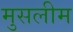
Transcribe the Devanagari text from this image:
मुसलीम